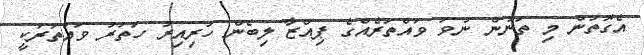
އެގޮތުން މި ތަނުން ނުވަ ވައްތަރެއްގެ ޕިއްޒާ ލިބެން ހުރިއިރު ހަތަރު ވައްތަރަކީ